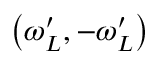
\left( \omega _ { L } ^ { \prime } , - \omega _ { L } ^ { \prime } \right)